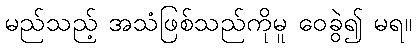
မည်သည့် အသံဖြစ်သည်ကိုမူ ဝေခွဲ၍ မရ။